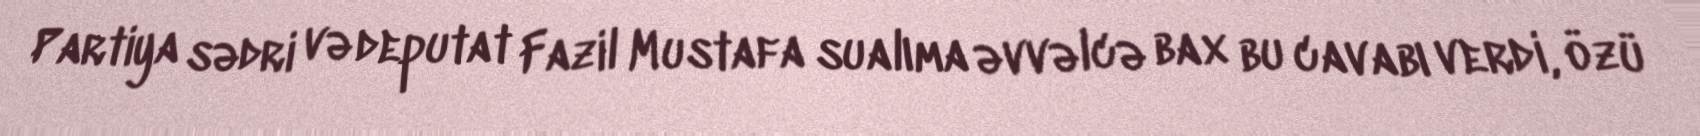
Partiya sədri və deputat Fazil Mustafa sualıma əvvəlcə bax bu cavabı verdi, özü